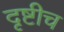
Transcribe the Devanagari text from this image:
दृष्टीच